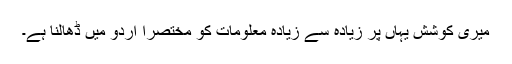
میری کوشش یہاں پر زیادہ سے زیادہ معلومات کو مختصرا اردو میں ڈھالنا ہے۔